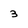
Character: 3